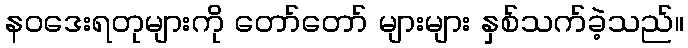
နဝဒေးရတုများကို တော်တော် များများ နှစ်သက်ခဲ့သည်။